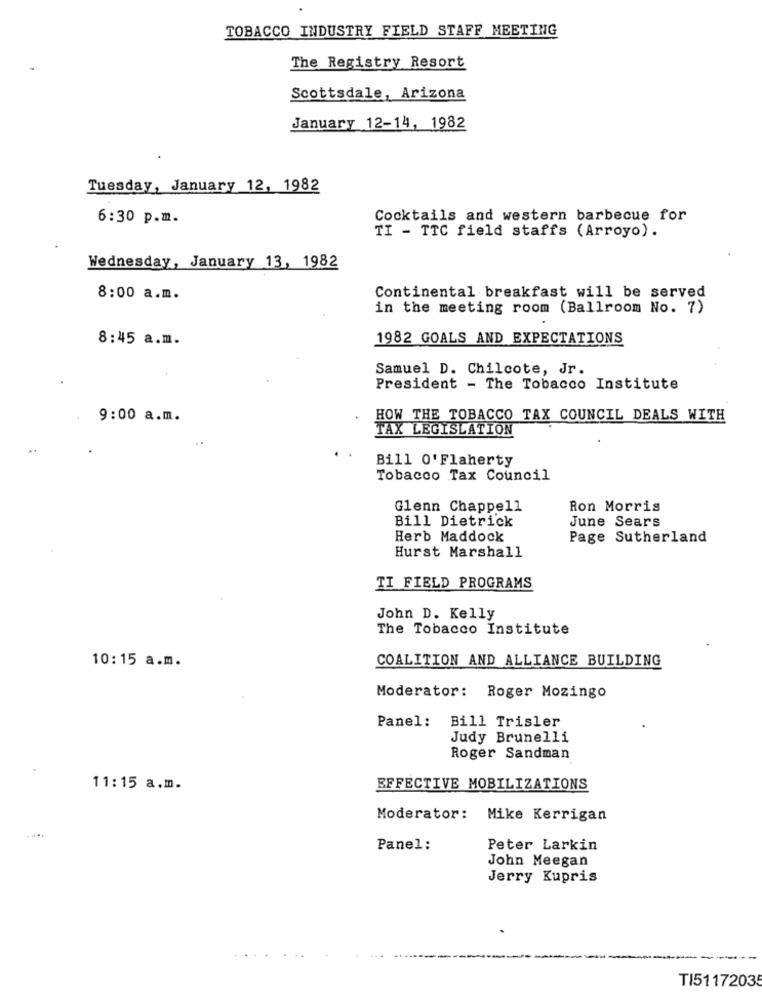
TOBACCO INDUSTRY FIELD STAFF MEETING
The Registry Resort
Scottsdale, Arizona
January 12-14, 1982
Tuesday, January 12, 1982
6:30 p.m.
Cocktails and western barbecue for
TI - TTC field staffs (Arroyo).
Wednesday, January 13, 1982
8:00 a.m.
Continental breakfast will be served
in the meeting room (Ballroom No. 7)
8:45 a.m.
1982 GOALS AND EXPECTATIONS
Samuel D. Chilcote, Jr.
President - The Tobacco Institute
9:00 a.m.
HOW THE TOBACCO TAX COUNCIL DEALS WITH
TAX LEGISLATION
Bill O'Flaherty
Tobacco Tax Council
Glenn Chappell
Ron Morris
Bill Dietrick
June Sears
Herb Maddock
Page Sutherland
Hurst Marshall
TI FIELD PROGRAMS
John D. Kelly
The Tobacco Institute
10:15 a.m.
COALITION AND ALLIANCE BUILDING
Moderator:
Roger Mozingo
Panel: Bill Trisler
Judy Brunelli
Roger Sandman
11:15 a.m.
EFFECTIVE MOBILIZATIONS
Moderator:
Mike Kerrigan
....
Panel:
Peter Larkin
John Meegan
Jerry Kupris
TI51172035